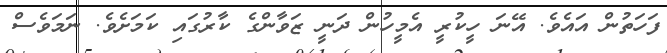
ފަހަތުން އައެވެ. އޭނަ ހީކުރީ އެމީހުން ދަނީ ޒަވާންގެ ކާރުގައި ކަމަށެވެ. ނަމަވެސް